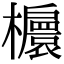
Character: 𣟴